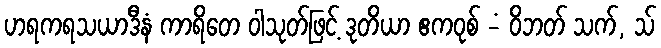
ဟရကရသယာဒီနံ ကာရိတေ ဝါသုတ်ဖြင့် ဒုတိယာ ဧကဝုစ် -ံ ဝိဘတ် သက်, သ်